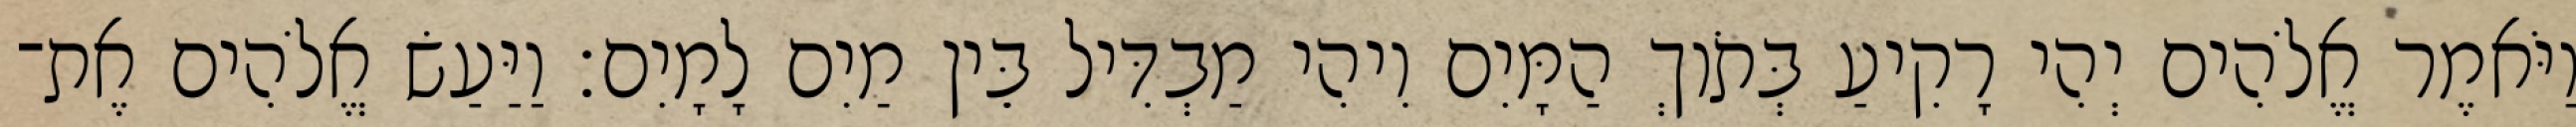
וַיֹּאמֶר אֱלֹהִים יְהִי רָקִיעַ בְּתֹוךְ הַמָּיִם וִיהִי מַבְדִּיל בֵּין מַיִם לָמָיִם׃ וַיַּעַשׂ אֱלֹהִים אֶת־